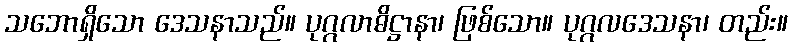
သဘောရှိသော ဒေသနာသည်။ ပုဂ္ဂလာဓိဋ္ဌာနာ၊ ဖြစ်သော။ ပုဂ္ဂလဒေသနာ၊ တည်း။